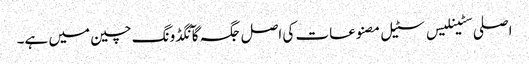
اصلی سٹینلیس سٹیل مصنوعات کی اصل جگہ گآنگڈونگ چین میں ہے۔